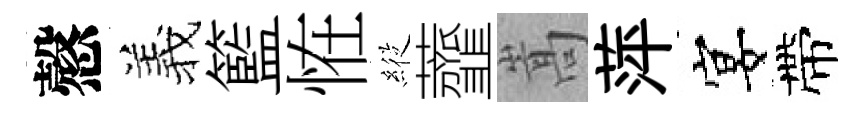
慤羲籃恠𦂵虀嵩萍宴帶